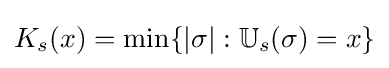
K_{s}(x)=\min\{|\sigma |:\mathbb {U} _{s}(\sigma )=x\}